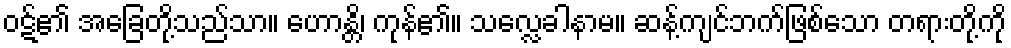
ဝဋ်၏ အခြေတို့သည်သာ။ ဟောန္တိ၊ ကုန်၏။ သလ္လေခါနာမ။ ဆန့်ကျင်ဘက်ဖြစ်သော တရားတို့ကို